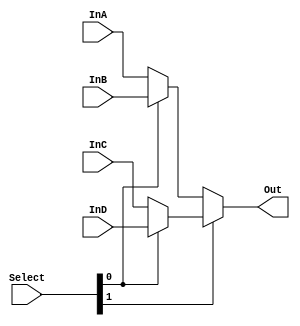
module Mux4x1 #(parameter W=8)(InA,InB,InC,InD,Select,Out);
			output [W-1:0] Out;
			input  wire[W-1:0] InA,InB,InC,InD;
			input [1:0]Select;
				
				assign Out= Select[1] ? (Select[0] ? InD:InC ): (Select[0] ? InB:InA );
				
			
endmodule